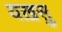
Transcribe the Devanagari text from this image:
यख़सु